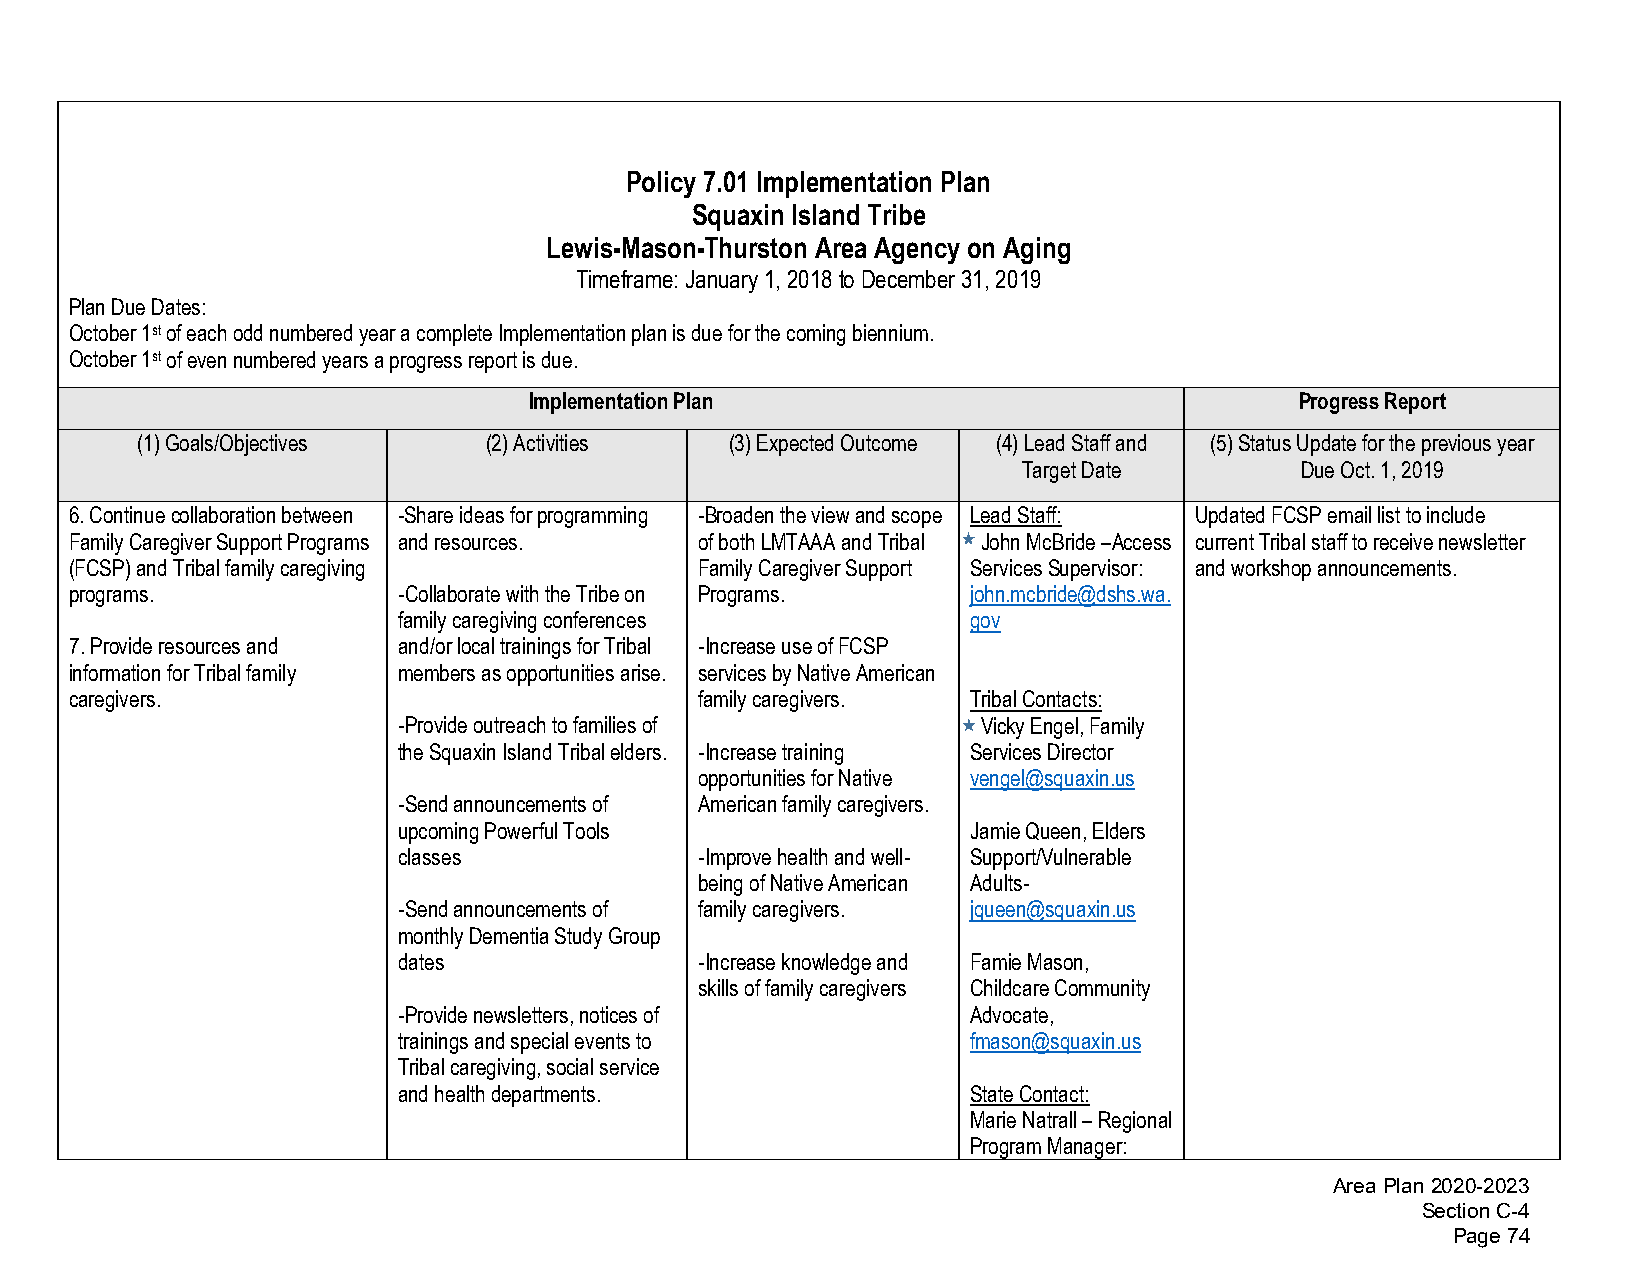
Policy 7.01 Implementation Plan
 Squaxin Island Tribe
 Lewis-Mason-Thurston Area Agency on Aging
 Timeframe: January 1, 2018 to December 31, 2019
 Plan Due Dates:
 October 1st of each odd numbered year a complete Implementation plan is due for the coming biennium.
 October 1st of even numbered years a progress report is due.
 Implementation Plan                                Progress Report
 (1)Goals/Objectives    (2)Activities   (3)Expected Outcome (4)Lead Staff and (5)Status Update for the previous year
 Target Date       Due Oct. 1, 2019
 6.Continue collaboration between -Share ideas for programming -Broaden the view and scope Lead Staff: Updated FCSP email list to include
 Family Caregiver Support Programs and resources. of both LMTAAA and Tribal John McBride –Access current Tribal staff to receive newsletter
 (FCSP) and Tribal family caregiving      Family Caregiver Support Services Supervisor: and workshop announcements.
 programs.            -Collaborate with the Tribe on Programs. john.mcbride@dshs.wa.
 family caregiving conferences         gov
 7.Provide resources and and/or local trainings for Tribal -Increase use of FCSP
 information for Tribal family members as opportunities arise. services by Native American
 caregivers.                              family caregivers. Tribal Contacts:
 -Provide outreach to families of       Vicky Engel, Family
 the Squaxin Island Tribal elders. -Increase training Services Director
 opportunities for Native vengel@squaxin.us
 -Send announcements of American family caregivers.
 upcoming Powerful Tools               Jamie Queen, Elders
 classes             -Improve health and well- Support/Vulnerable
 being of Native American Adults-
 -Send announcements of family caregivers. jqueen@squaxin.us
 monthly Dementia Study Group
 dates               -Increase knowledge and Famie Mason,
 skills of family caregivers Childcare Community
 -Provide newsletters, notices of      Advocate,
 trainings and special events to       fmason@squaxin.us
 Tribal caregiving, social service
 and health departments.               State Contact:
 Marie Natrall – Regional
 Program Manager:
 Area Plan 2020-2023
 Section C-4
 Page 74